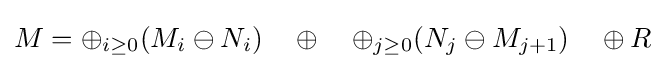
M=\oplus _{i\geq 0}(M_{i}\ominus N_{i})\quad \oplus \quad \oplus _{j\geq 0}(N_{j}\ominus M_{j+1})\quad \oplus R